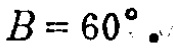
$B = 60^{\circ}$.